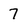
Character: 7